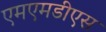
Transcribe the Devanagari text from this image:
एमएमडीएस